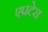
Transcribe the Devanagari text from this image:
एपटेरा